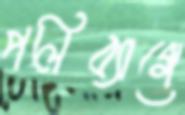
পলিব্যাগে